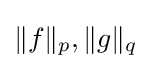
\|f\|_{p},\|g\|_{q}